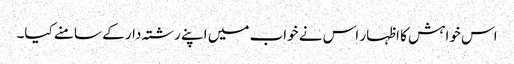
اس خواہش کا اظہار اس نے خواب میں اپنے رشتہ دار کے سامنے کیا۔